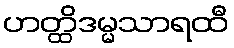
ဟတ္ထိဒမ္မသာရထီ